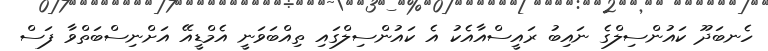
ހެނބަދޫ ކައުންސިލްގެ ނައިބު ރައީސްއާއެކު އެ ކައުންސިލްގައި ތިއްބަވަނީ އެމްޑީއޭ އަށްނިސްބަތްވާ ފަސް